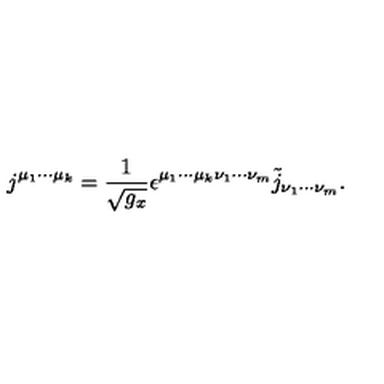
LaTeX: j ^ { \mu _ { 1 } \cdot \cdot \cdot \mu _ { k } } = \frac 1 { \sqrt { g _ { x } } } \epsilon ^ { \mu _ { 1 } \cdot \cdot \cdot \mu _ { k } \nu _ { 1 } \cdot \cdot \cdot \nu _ { m } } \tilde { j } _ { \nu _ { 1 } \cdot \cdot \cdot \nu _ { m } } .